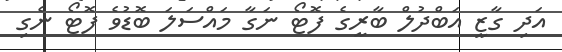
އަދި ގާޒީ އަބްދުލް ބާރީގެ ފޮޓޯ ނަގާ މައްސަލަ ބޮޑުވެ ފޮޓޯ ނެގި